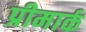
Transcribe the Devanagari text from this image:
प्रीमार्क